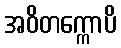
အဝိတက္ကောပိ